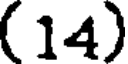
(14)